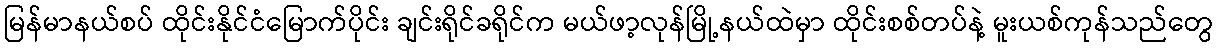
မြန်မာနယ်စပ် ထိုင်းနိုင်ငံမြောက်ပိုင်း ချင်းရိုင်ခရိုင်က မယ်ဖာ့လုန်မြို့နယ်ထဲမှာ ထိုင်းစစ်တပ်နဲ့ မူးယစ်ကုန်သည်တွေ